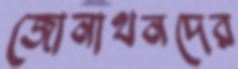
জোনাথনদের